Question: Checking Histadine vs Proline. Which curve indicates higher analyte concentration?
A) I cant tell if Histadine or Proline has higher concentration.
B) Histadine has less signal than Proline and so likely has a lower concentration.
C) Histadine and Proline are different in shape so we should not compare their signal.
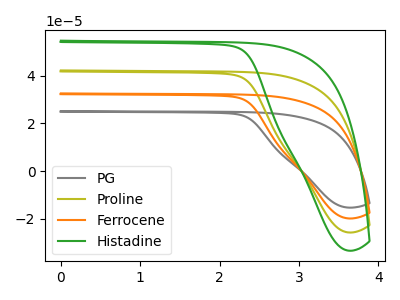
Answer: <think>The gray curve "PG" has no peaks. The olive curve "Proline" has no peaks. The orange curve "Ferrocene" has no peaks. The green curve "Histadine" has no peaks.
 Neither "Histadine" or "Proline" have any peaks.</think>
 <answer>A) I cant tell if "Histadine" or "Proline" has higher concentration.</answer>
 <eval>A</eval>